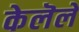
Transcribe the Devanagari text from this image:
केलॆले